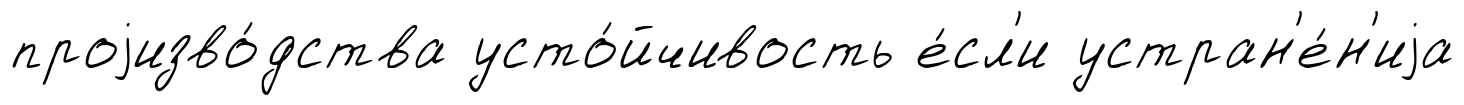
проjизво́дства усто́йчивость е́сл'и устран'е́н'иjа